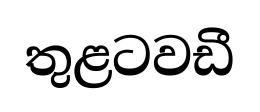
තුළටවඩී